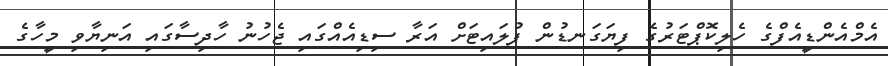
އެމްއެންޑީއެފްގެ ހެލިކޮޕްޓަރުގެ ފިޔަގަނޑުން ފުލައިޓަށް އަރާ ސިޑިއެއްގައި ޖެހުނު ހާދިސާގައި އަނިޔާވި މީހާގެ